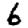
Digit: 6